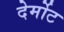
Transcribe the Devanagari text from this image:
देर्मोट